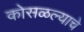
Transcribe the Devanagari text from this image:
कोसळल्याचे